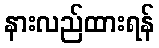
နားလည်ထားရန်